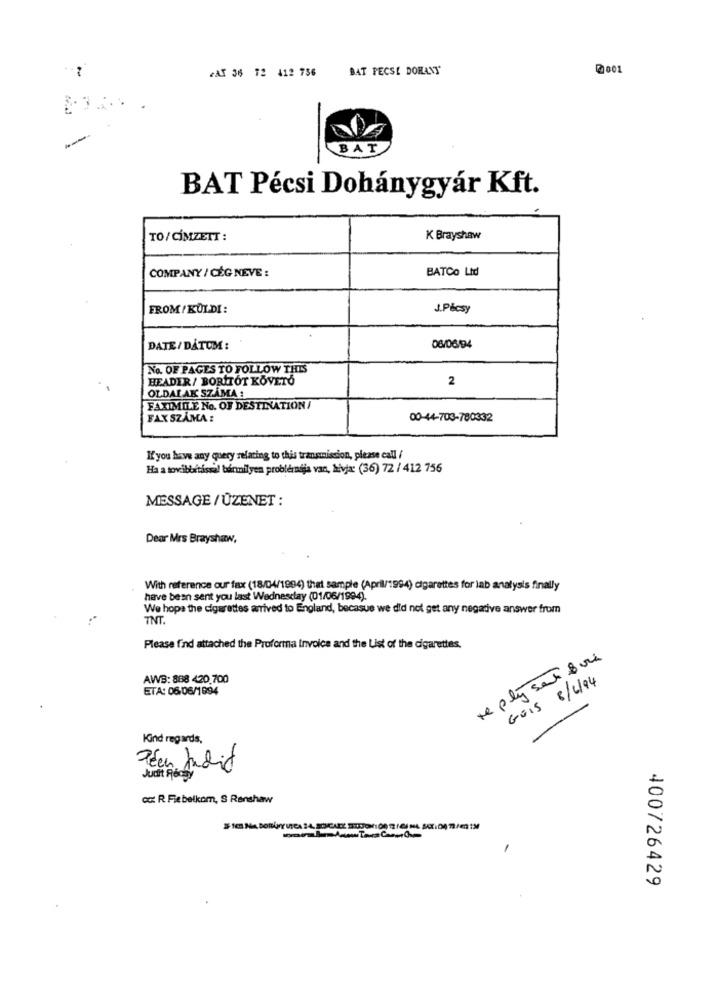
2AT 36 72 412 736
BAT PECS! DORANT
0001
BAT
BAT Pécsi Dohánygyár Kft.
TO/CÍMZETT :
K Brayshaw
COMPANY / CÉG NEVE :
BATCO Ltd
FROM/ KÜLDI:
J.Pécsy
DATE / DÁTUM:
06/06/94
No. OF PAGES TO FOLLOW THIS
HEADER/ BORITOT KÖVETŐ
2
OLDALAK SZÁMA :
FAXIMILE No. OF DESTINATION
FAX SZÁMA :
00-44-703-780332
If you have any query relating to this transmission, please call /
Ha a továbbítással bármilyen problémája van, Névja: (36) 72 / 412 756
MESSAGE / ÜZENET :
Dear Mrs Brayshaw,
With reference our fax (18/04/1994) that sample (April/1994) cigarettes for lab analysis finally
have been sent you last Wednesday (01/06/1994).
We hope the cigarettes arrived to England, becasue we did not get any negative answer from
TNT.
Please find attached the Proforma Invoice and the List of the cigarettes.
reply sant Boi
AWB: 888 420.700
GUIS 8/6/94
ETA: 06-06/1994
Kind regards,
Judit Pochy
cc: R. Fie belkom, S Renshaw
400726429